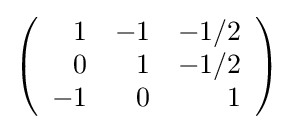
{\textstyle \left({\begin{array}{rrr}1&-1&-1/2\\0&1&-1/2\\-1&0&1\\\end{array}}\right)}